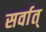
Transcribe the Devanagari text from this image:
सर्वात्